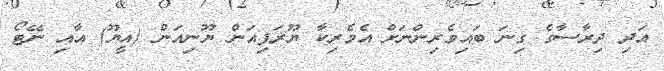
އަދި ދިރާސާގެ ގިނަ ބައިވެރިންނަށް އެމެރިކާ ޔޫރަޕިއަން ޔޫނިއަން (އީޔޫ) އާއި ނޭޓޯ